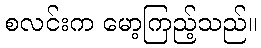
စလင်းက မော့ကြည့်သည်။